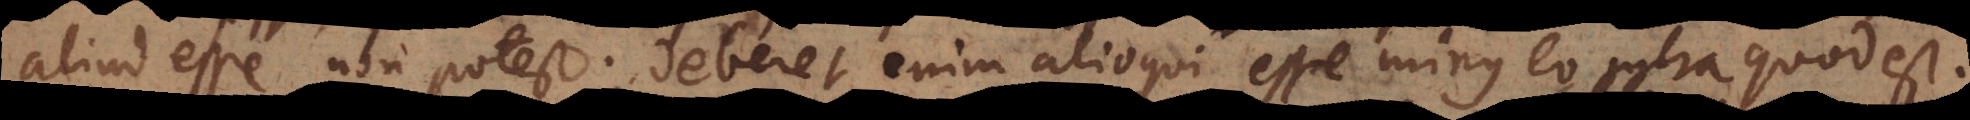
aliud esse non potest; deberet enim alioqui esse minus eo intra quod est.